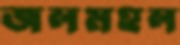
জলমহল